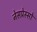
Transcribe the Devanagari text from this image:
नेसप्रेस्सो